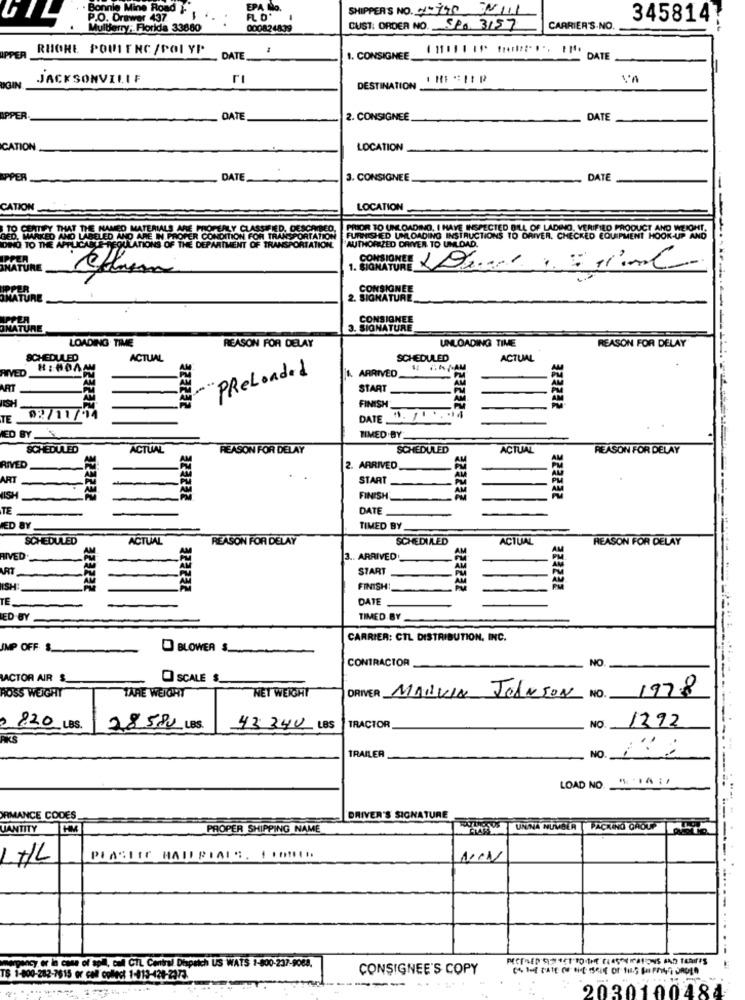
EPA No.
SHIPPERS NO. 4-790 NII1
GIL
P.O. Drawer 437
FLO.
3458147
Mullferry; Florida 33880
000824839
CUST: ORDER NO. SPO 3157
CARRIER'S.NO.
RUGHE POULENC /POI YP
IPPER
DATE
1. CONSIGNEE.
JACKSONVILLE
rı
UGIN
DESTINATION
IPPER
DATE
2. CONSIGNEE
DATE
CATION
LOCATION
APPER
DATE
3. CONSIGNEE
DATE
CATION
LOCATION
GED. IWILLES THAT THE MANED MATERIALS ARE PROPERLY CLASS
PRIOR TO UNLOADING. I HAVE INSPECTED BILL OF LADING, VERIFIED PRODUCT AND WEIGHT,
N PROPER CONDITION FOR TRANSPORTATION
OF THE DEPARTMENT OF TRANSPORTATION.
FURNISHED UNLOADING INSTRUCTIONS TO DRIVER, CHECKED EQUIPMENT HOOK-UP AND
TIONS OF THE DE
TATION
AUTHORIZED DRIVER TO UNLOAD.
1. SIGNATURE
CONSIGNEE LOS .....
CONSIGNEE
2. SIGNATURE
CONSIGNEE
MATU
3. SIGNATURE
LOADING TIME
REASON FOR DELAY
UNLOADING TIME
REASON FOR DELAY
SCHEDULED
ACTUAL
SCHEDULED
ACTUAL
RIVED
.. /.AM
" PreLoaded
1. ARRIVED
AM
ART
START
IISH
FINISH_
AM
323232
322242
TE
02/11/14
323232
DATE.
TIMED BY
ED BY
SCHEDULED
ACTUAL
REASON FOR DELAY
SCHEDULED
ACTUAL
REASON FOR DELAY
RIVED
2. ARRIVED
ART
..
START
WISH
-
323232
FINISH
122232
222222
TE
DATE
ED BY
TIMED BY
SCHEDULED
ACTUAL
REASON FOR DELAY
SCHEDULED
ACTUAL
REASON FOR DELAY
RIVED
3 .. ARRIVED
ART
START
-
ISH:
322222
322232
FINISH!
322232
224222
TE.
DATE
ED BY
TIMED BY
CARRIER: CTL DISTRIBUTION, INC.
IMP OFF. S.
BLOWER S
CONTRACTOR
NO.
ACTOR AIR $
O SCALE $.
ROSS WEIGHT
TARE WEIGHT
NET WEIGHT
DRIVER MARVIN
JOHNSON NO.
1978
1392
0 820 LBS.
28580 LBS.
43 340 LBS
TRACTOR
NO.
AKS
No. 12
TRAILER
LOAD NO. " 14 :1
RMANCE CODES.
DRIVER'S SIGNATURE
VANTITY HM
PROPER SHIPPING NAME
UNINA NUMBER PACKING GROUP
LHL
ncy or in case of spill, cul CTL Central Dispatch US WATS 1-800-237-9088.
CONSIGNEE'S COPY
TS 1-000-282-7615 or call collect 1-013-420-2373.
---
2030100484